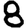
Digit: 8